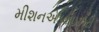
મીશનએડવાઇઝરી